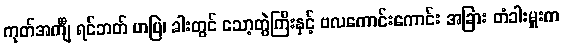
ကုတ်အင်္ကျီ ရင်ဘတ် ဟပြဲ၊ ခါးတွင် သော့တွဲကြီးနှင့် ဗလကောင်းကောင်း အခြား တံခါးမှူးက